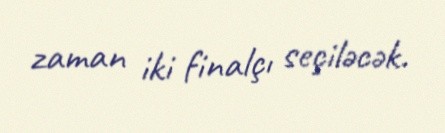
zaman iki finalçı seçiləcək.